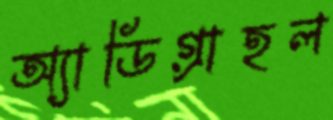
অ্যাডিগ্রাহল